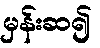
မှန်းဆ၍